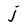
Character: j